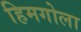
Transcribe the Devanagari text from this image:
हिमगोला